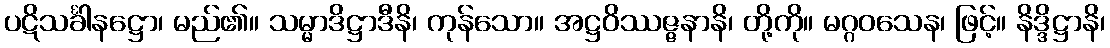
ပဋိသင်္ခါနဋ္ဌော၊ မည်၏။ သမ္မာဒိဋ္ဌာဒီနိ၊ ကုန်သော။ အဋ္ဌဝိဿဇ္ဇနာနိ၊ တို့ကို။ မဂ္ဂဝသေန၊ ဖြင့်။ နိဒ္ဒိဋ္ဌာနိ၊